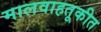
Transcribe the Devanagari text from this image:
मालवाहतूकीत